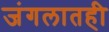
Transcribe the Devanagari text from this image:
जंगलातही